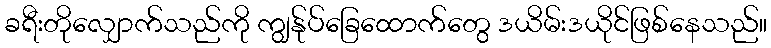
ခရီးတိုလျှောက်သည်ကို ကျွန်ုပ်ခြေထောက်တွေ ဒယိမ်းဒယိုင်ဖြစ်နေသည်။